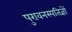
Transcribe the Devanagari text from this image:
पुरावनस्पतिज्ञों